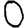
Digit: 0